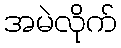
အမဲလိုက်